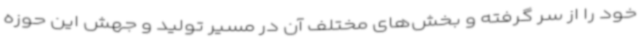
خود را از سر گرفته و بخش‌های مختلف آن در مسیر تولید و جهش این حوزه